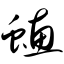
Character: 蟪